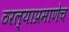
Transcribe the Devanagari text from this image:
ठरल्याप्रमाणेच